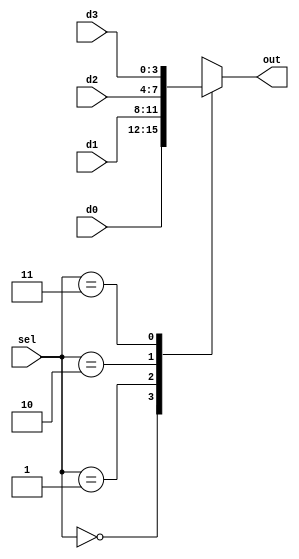
`timescale 1ns / 1ps
//////////////////////////////////////////////////////////////////////////////////
// Company: 
// Engineer: 
// 
// Design Name: 
// Module Name: mux4
// Project Name: 
// Target Devices: 
// Tool Versions: 
// Description: 
// 
// Dependencies: 
// 
// Revision:
// Revision 0.01 - File Created
// Additional Comments:
// 
//////////////////////////////////////////////////////////////////////////////////


module MUX4 #(parameter Data_width = 4)(
input [Data_width - 1:0] d0, d1, d2, d3,
input [1:0] sel,
output reg [Data_width - 1:0] out 
);

always @ (d0, d1, d2, d3, sel)
begin
       case (sel)
            2'b00: out <= d0;
            2'b01: out <= d1;
            2'b10: out <= d2;
            2'b11: out <= d3;
        endcase
end
endmodule